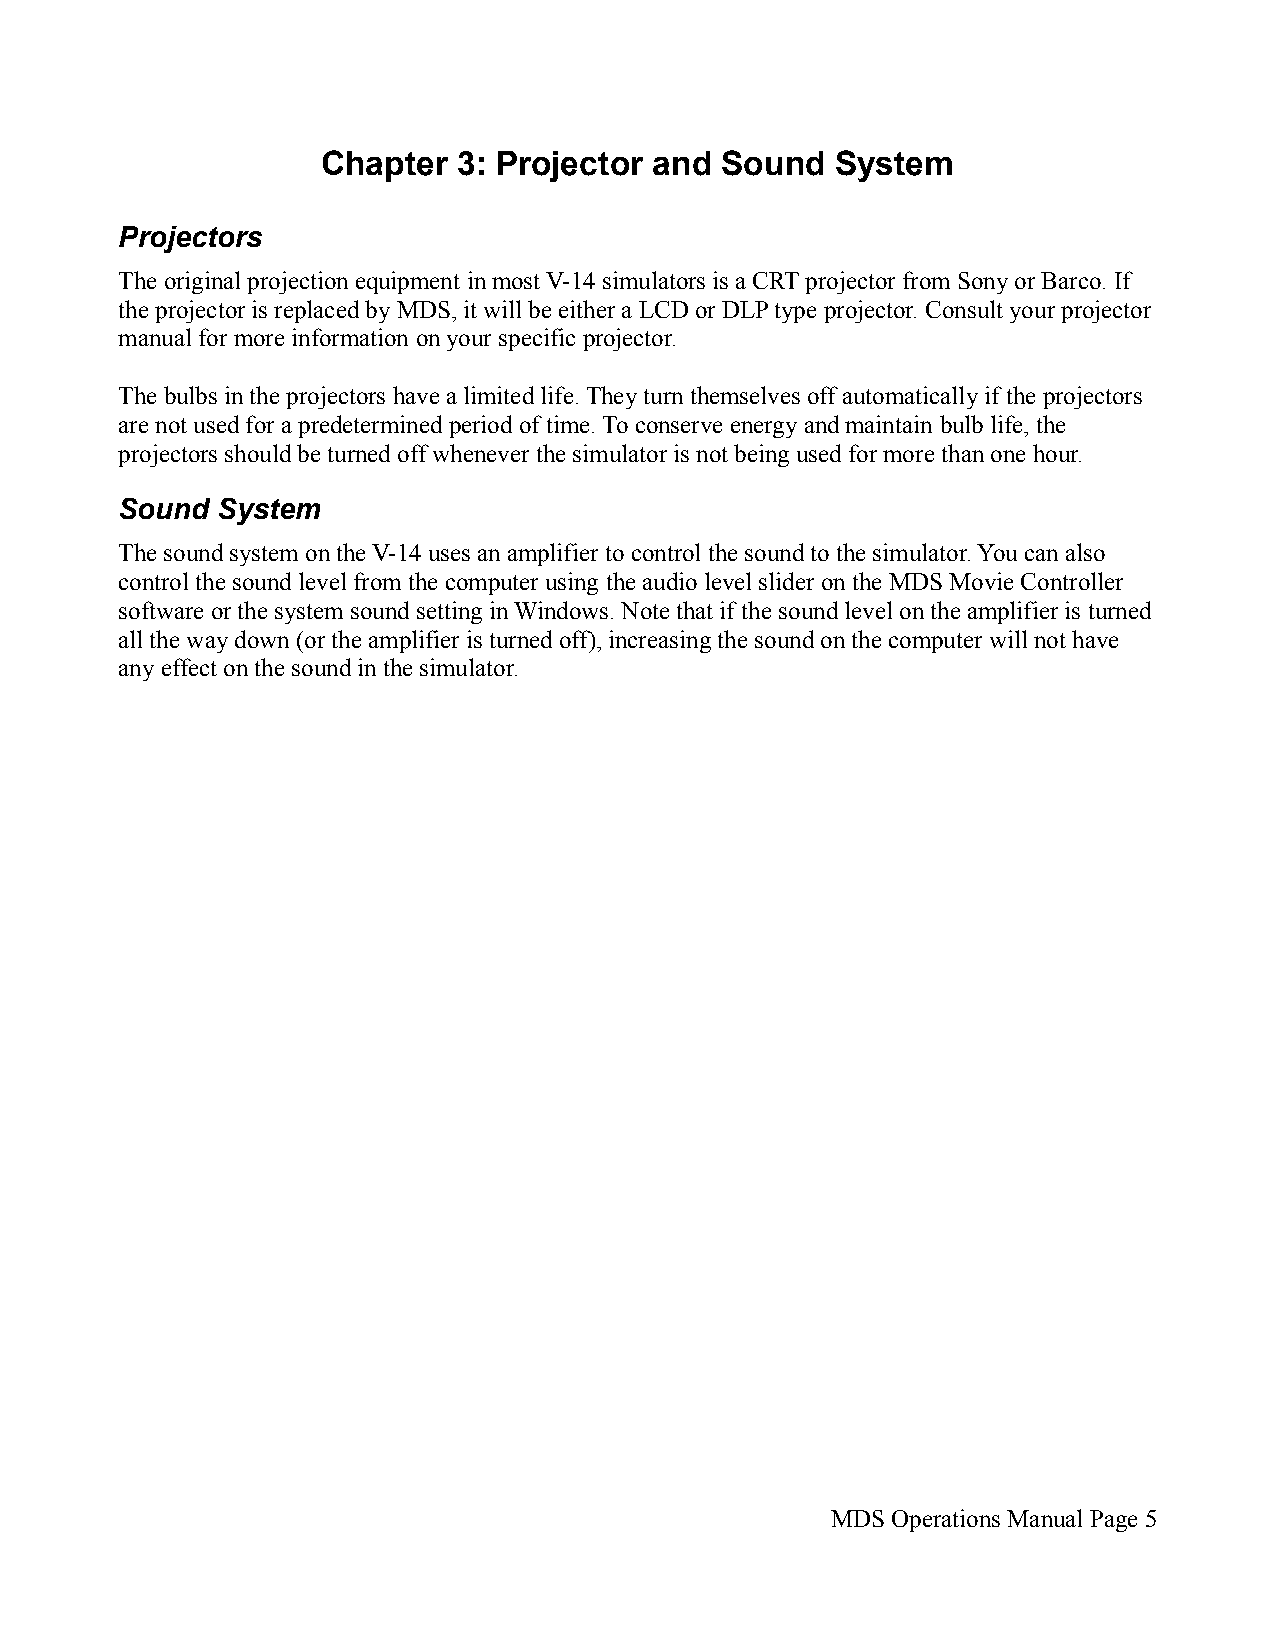
Chapter  3: Projector and  Sound  System
 Projectors
 The original projection equipment in most V-14 simulators is a CRT projector from Sony or Barco. If
 the projector is replaced by MDS, it will be either a LCD or DLP type projector. Consult your projector
 manual for more information on your specific projector.
 The bulbs in the projectors have a limited life. They turn themselves off automatically if the projectors
 are not used for a predetermined period of time. To conserve energy and maintain bulb life, the
 projectors should be turned off whenever the simulator is not being used for more than one hour.
 Sound System
 The sound system on the V-14 uses an amplifier to control the sound to the simulator. You can also
 control the sound level from the computer using the audio level slider on the MDS Movie Controller
 software or the system sound setting in Windows. Note that if the sound level on the amplifier is turned
 all the way down (or the amplifier is turned off), increasing the sound on the computer will not have
 any effect on the sound in the simulator.
 MDS Operations Manual Page 5